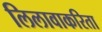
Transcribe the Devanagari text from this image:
लिलावाकरिता